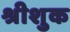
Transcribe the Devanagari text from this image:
श्रीशुक